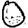
Digit: 0